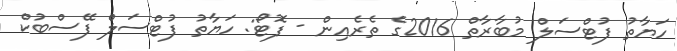
ހަޔާތު ފުޓްސަލް މުބާރާތް 2016ގެ ތެރެއިން - ފޮޓޯ: ހަޔާތު ފުޓްސަލް ފޭސްބުކް